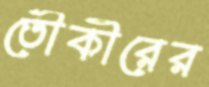
তৌকীরের